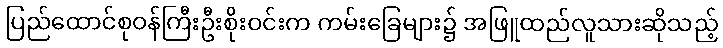
ပြည်ထောင်စုဝန်ကြီးဦးစိုးဝင်းက ကမ်းခြေများ၌ အဖြူထည်လူသားဆိုသည့်